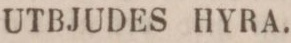
UTBJUDES HYRA.